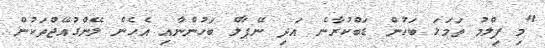
"މި ފިލްމު ތަމަޅަ ބަހުން ޑަބްކުރާނެ އަދި ނޭޕާލް ބަހުންނާއި އެހެން ލޭންގުއޭޖްތަކުން